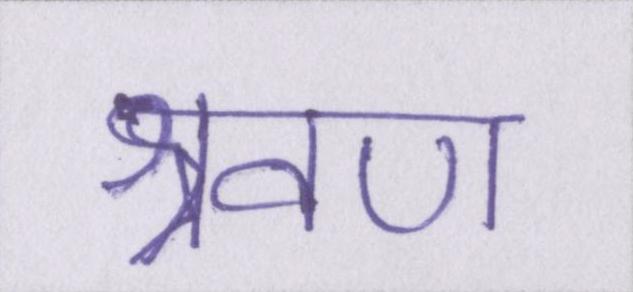
श्रवण